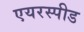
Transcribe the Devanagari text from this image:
एयरस्पीड